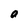
Character: O